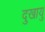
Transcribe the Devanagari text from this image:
दुखायु